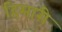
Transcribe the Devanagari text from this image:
हिमारी